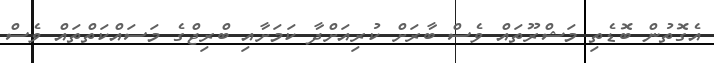
އެގޮތުން ބޮޑެތި މަޝްރޫތައް ވެސް ބާރަށް ކުރިއަށްދާ ކަމަށާއި ބްރިޖްގެ މަސައްކަތްތައް ވެސް